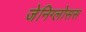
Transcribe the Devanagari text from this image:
जेनिग्लोसस